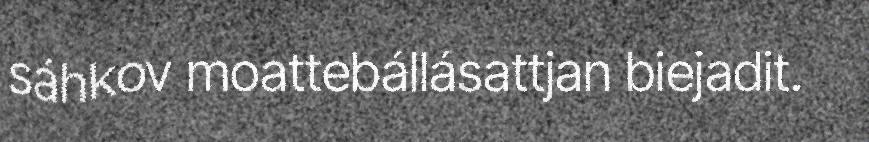
sáhkov moattebállásattjan biejadit.